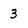
Character: 3